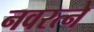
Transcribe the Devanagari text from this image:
नवरत्ने